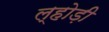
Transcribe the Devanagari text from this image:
ल्होड़ी